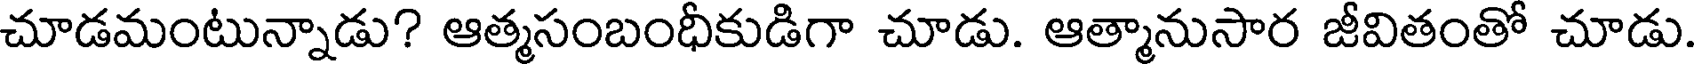
చూడమంటున్నాడు? ఆత్మసంబంధీకుడిగా చూడు. ఆత్మానుసార జీవితంతో చూడు.